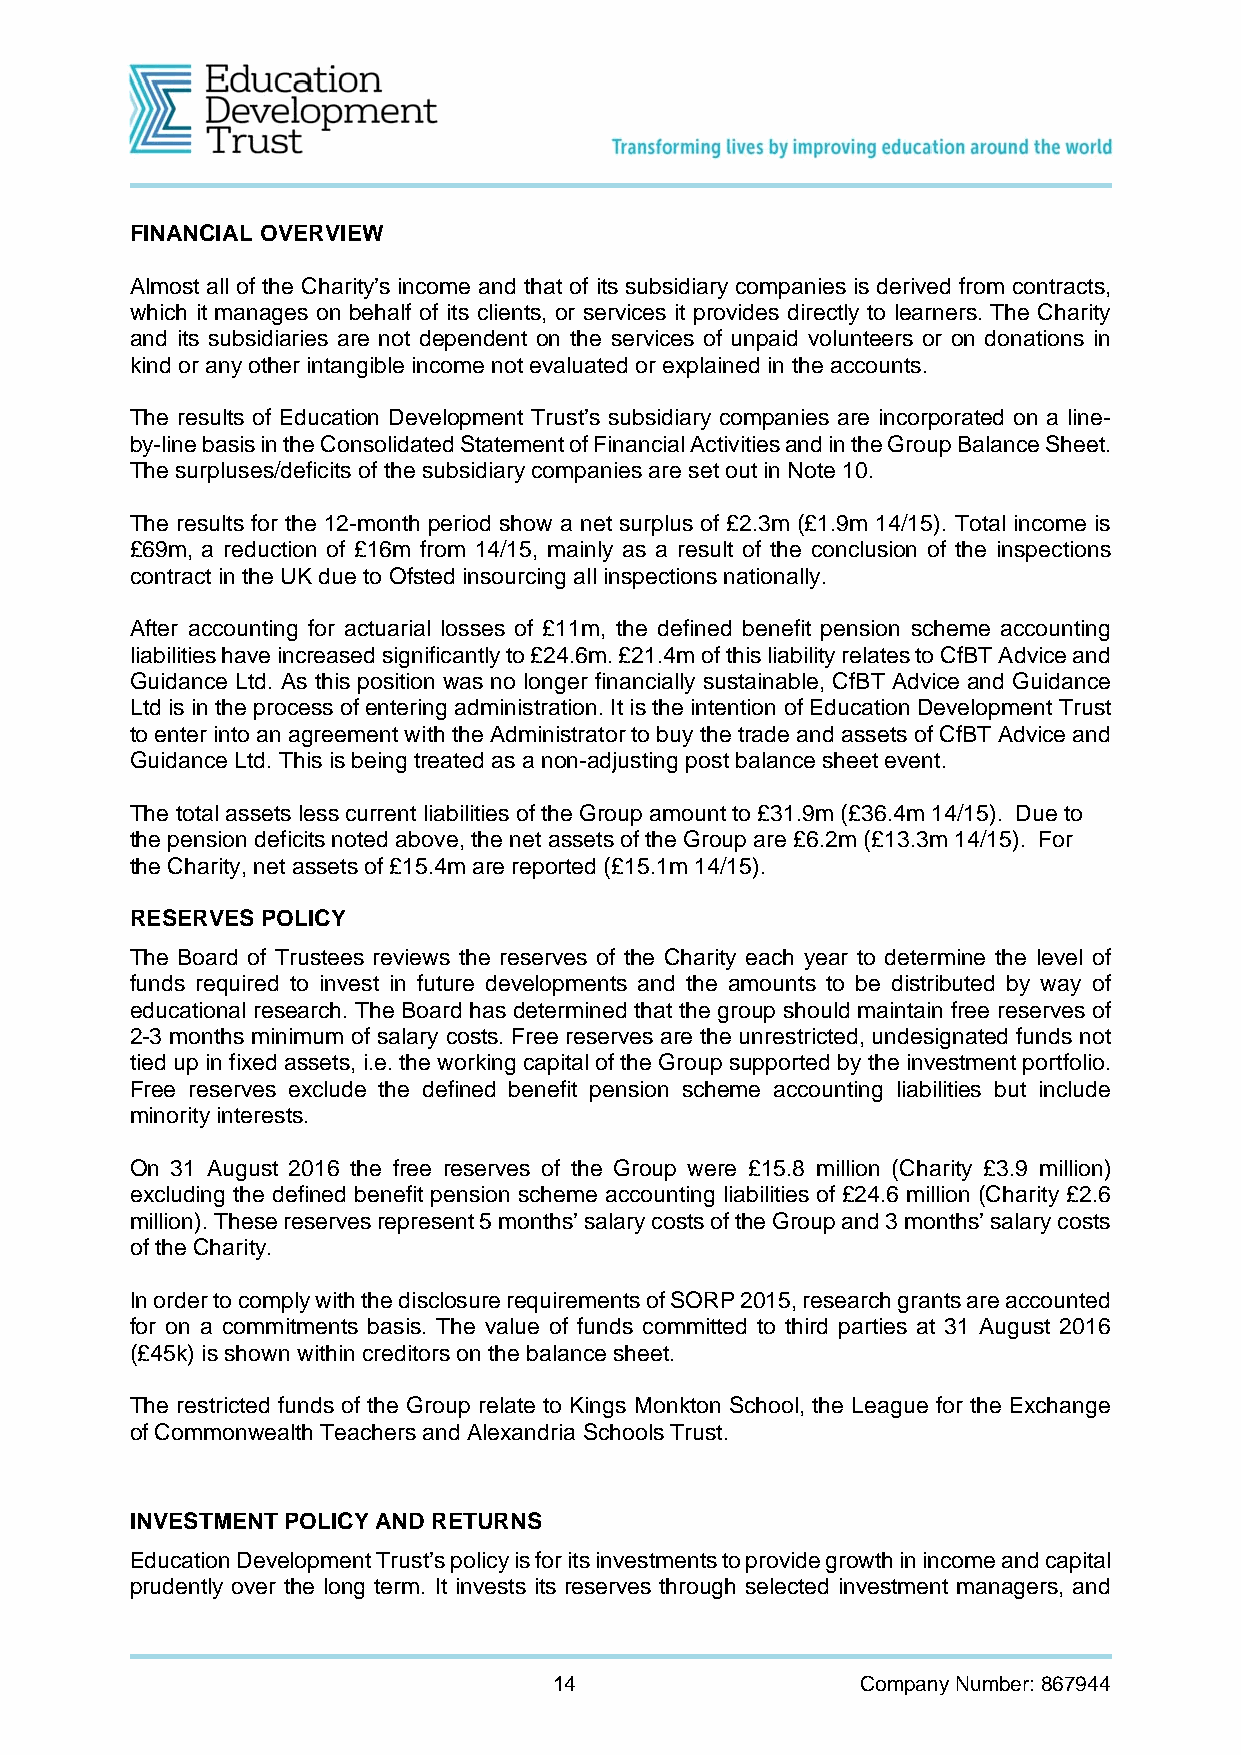
FINANCIAL OVERVIEW
 Almost all of the Charity’s income and that of its subsidiary companies is derived from contracts,
 which it manages on behalf of its clients, or services it provides directly to learners. The Charity
 and its subsidiaries are not dependent on the services of unpaid volunteers or on donations in
 kind or any other intangible income not evaluated or explained in the accounts.
 The results of Education Development Trust’s subsidiary companies are incorporated on a line-
 by-line basis in the Consolidated Statement of Financial Activities and in the Group Balance Sheet.
 The surpluses/deficits of the subsidiary companies are set out in Note 10.
 The results for the 12-month period show a net surplus of £2.3m (£1.9m 14/15). Total income is
 £69m, a reduction of £16m from 14/15, mainly as a result of the conclusion of the inspections
 contract in the UK due to Ofsted insourcing all inspections nationally.
 After accounting for actuarial losses of £11m, the defined benefit pension scheme accounting
 liabilities have increased significantly to £24.6m. £21.4m of this liability relates to CfBT Advice and
 Guidance Ltd. As this position was no longer financially sustainable, CfBT Advice and Guidance
 Ltd is in the process of entering administration. It is the intention of Education Development Trust
 to enter into an agreement with the Administrator to buy the trade and assets of CfBT Advice and
 Guidance Ltd. This is being treated as a non-adjusting post balance sheet event.
 The total assets less current liabilities of the Group amount to £31.9m (£36.4m 14/15). Due to
 the pension deficits noted above, the net assets of the Group are £6.2m (£13.3m 14/15). For
 the Charity, net assets of £15.4m are reported (£15.1m 14/15).
 RESERVES POLICY
 The Board of Trustees reviews the reserves of the Charity each year to determine the level of
 funds required to invest in future developments and the amounts to be distributed by way of
 educational research. The Board has determined that the group should maintain free reserves of
 2-3 months minimum of salary costs. Free reserves are the unrestricted, undesignated funds not
 tied up in fixed assets, i.e. the working capital of the Group supported by the investment portfolio.
 Free reserves exclude the defined benefit pension scheme accounting liabilities but include
 minority interests.
 On 31 August 2016 the free reserves of the Group were £15.8 million (Charity £3.9 million)
 excluding the defined benefit pension scheme accounting liabilities of £24.6 million (Charity £2.6
 million). These reserves represent 5 months’ salary costs of the Group and 3 months’ salary costs
 of the Charity.
 In order to comply with the disclosure requirements of SORP 2015, research grants are accounted
 for on a commitments basis. The value of funds committed to third parties at 31 August 2016
 (£45k) is shown within creditors on the balance sheet.
 The restricted funds of the Group relate to Kings Monkton School, the League for the Exchange
 of Commonwealth Teachers and Alexandria Schools Trust.
 INVESTMENT POLICY AND RETURNS
 Education Development Trust’s policy is for its investments to provide growth in income and capital
 prudently over the long term. It invests its reserves through selected investment managers, and
 14                  Company Number: 867944